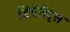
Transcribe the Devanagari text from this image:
डिप्रेसैंट्स